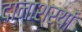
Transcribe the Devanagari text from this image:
दानाश्रयों